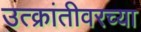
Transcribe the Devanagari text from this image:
उत्क्रांतीवरच्या